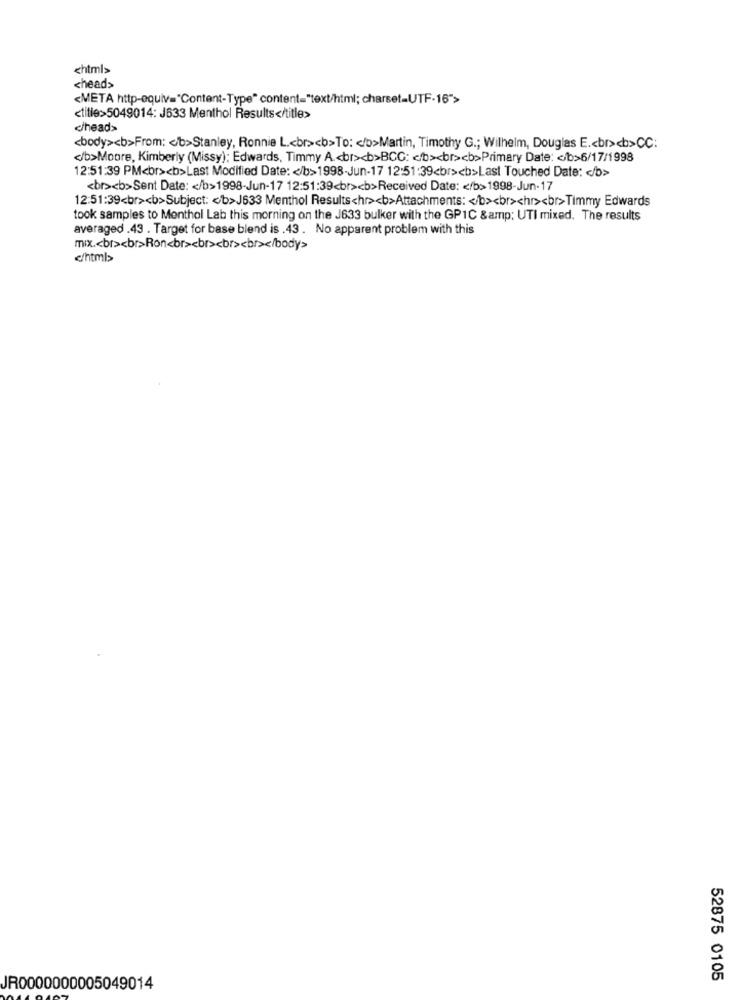
<html>
<head>
<META http-equiv="Content-Type" content="text/html; charset=UTF-16">
<title>5049014: J633 Menthol Results</title>
</head>
<body><b>From: < b>Stanley, Ronnie L .< br><b>To: < /b>Martin, Timothy G .; Wilhelm, Douglas E .< br><b>CC:
</b>Moore, Kimberly (Missy): Edwards, Timmy A .< br><b>BCC: < b><br><b>Primary Date: < b>6/17/1998
12:51:39 PM<br><b>Last Modified Date: < /b>1998-Jun-17 12:51:39<br><b>Last Touched Date: < /b>
<br><b>Sent Date: < /b>1998-Jun-17 12:51:39<br><b>Received Date: < /b>1998-Jun-17
12:51:39<br><b>Subject: < b>J633 Menthol Results<hr><b>Attachments: < /b><br><hr><br>Timmy Edwards
took samples to Monthol Lab this morning on the J633 bulker with the GPIC &amp; UTI mixed. The results
averaged .43 . Target for base blend is .43 . No apparent problem with this
mix .< br><br>Ron<br><br><br><br></body>
c/html>
52875 0105
JR0000000005049014